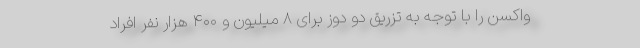
واکسن را با توجه به تزریق دو دوز برای ۸ میلیون و ۴۰۰ هزار نفر افراد